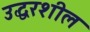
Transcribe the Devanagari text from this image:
उद्धरशील